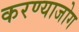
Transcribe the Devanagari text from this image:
करण्याजोग